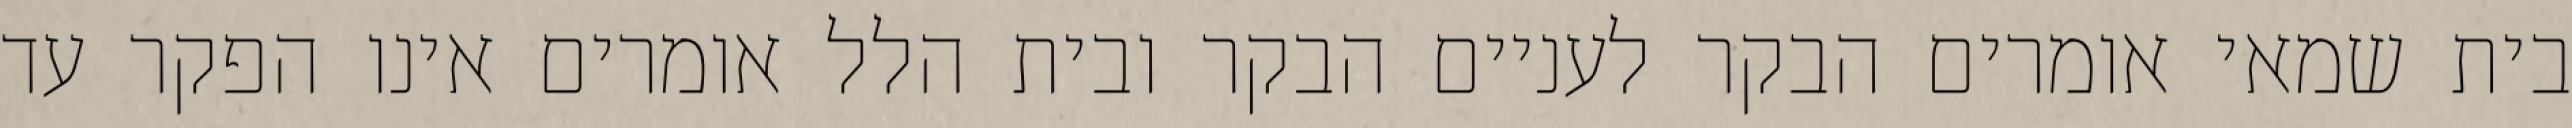
בית שמאי אומרים הבקר לעניים הבקר ובית הלל אומרים אינו הפקר עד